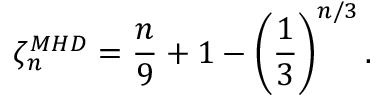
\zeta _ { n } ^ { M H D } = \frac { n } { 9 } + 1 - \left( \frac { 1 } { 3 } \right) ^ { n / 3 } .